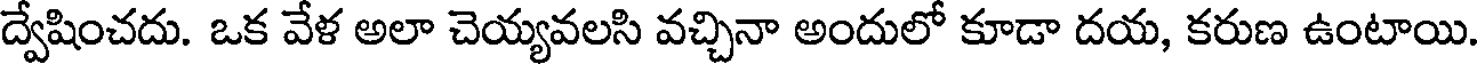
ద్వేషించదు. ఒక వేళ అలా చెయ్యవలసి వచ్చినా అందులో కూడా దయ, కరుణ ఉంటాయి